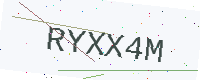
Text: RYXX4M